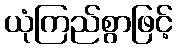
ယုံကြည်စွာဖြင့်